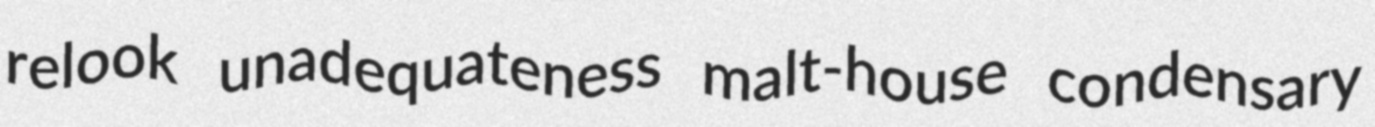
relook unadequateness malt-house condensary